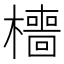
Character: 𣞸